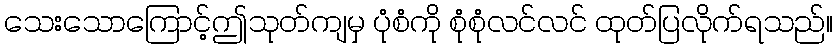
သေးသောကြောင့်ဤသုတ်ကျမှ ပုံစံကို စုံစုံလင်လင် ထုတ်ပြလိုက်ရသည်။